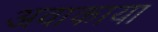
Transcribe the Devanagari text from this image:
अवाकाया